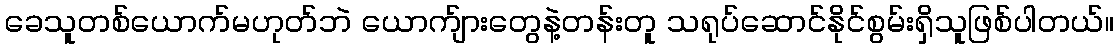
ခေသူတစ်ယောက်မဟုတ်ဘဲ ယောက်ျားတွေနဲ့တန်းတူ သရုပ်ဆောင်နိုင်စွမ်းရှိသူဖြစ်ပါတယ်။